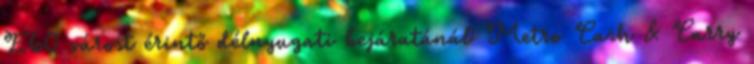
E60 várost érintő délnyugati bejáratánál Metro Cash & Carry